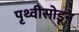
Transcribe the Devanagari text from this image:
पृथ्वीसोडून